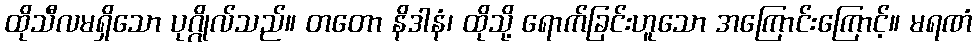
ထိုသီလမရှိသော ပုဂ္ဂိုလ်သည်။ တတော နိဒါနံ၊ ထိုသို့ ရောက်ခြင်းဟူသော အကြောင်းကြောင့်။ မရဏံ